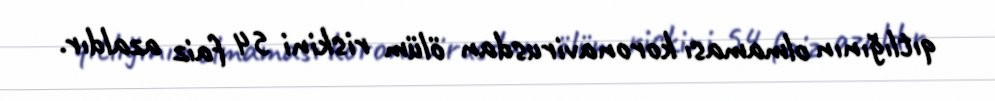
qıtlığının olmaması koronavirusdan ölüm riskini 54 faiz azaldır.